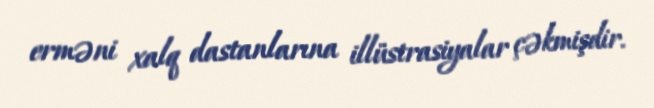
erməni xalq dastanlarına illüstrasiyalar çəkmişdir.